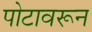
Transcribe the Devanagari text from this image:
पोटावरून